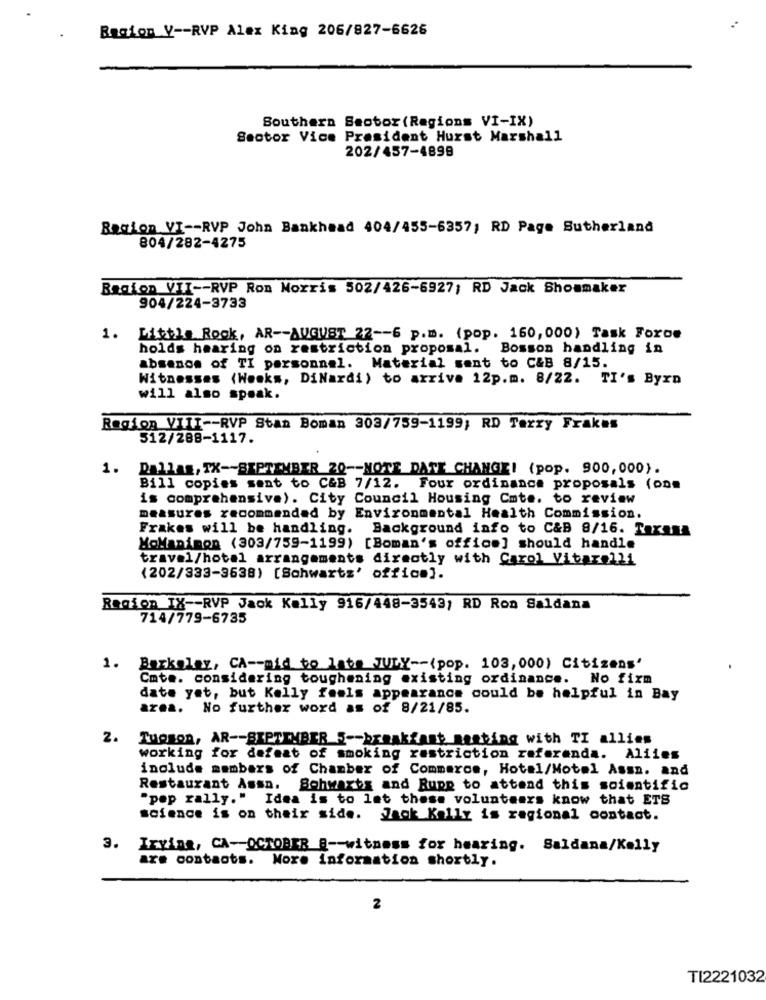
Region V -- RVP Alex King 206/827-6626
Southern Seotor (Regions VI-IX)
Sector Vice President Hurst Marshall
202/457-4899
Racion VI -- RVP John Bankhead 404/455-6357; RD Page Sutherland
804/282-4275
Ragion VII -- RVP Ron Morris 502/426-6927; RD Jack Showmaker
904/224-3733
1.
Little Rock, AR -- AUGUST 22 -- 6 p.m. (pop. 160, 000) Task Force
holds hearing on restriction proposal. Bosson handling in
absence of TI personnel. Material sent to C&B 8/15.
Witnesses (Weeks, DiNardi) to arrive 12p.m. 8/22. TI's Byro
will also speak.
Region VIII -- RVP Stan Boman 303/759-1199; RD Terry Frakes
512/288-1117.
1.
Dallas, TX -- SEPTEMBER 20 -- NOTE DATE CHANGE! (pop. 900,000).
Bill copies sent to C&B 7/12. Four ordinance proposals (one
is comprehensive). City Council Housing Cmte. to review
measures recommended by Environmental Health Commission.
Frakes will be handling. Background info to C&B 8/16. Taxana
MoMaDimOD (303/759-1199) [Boman's office] should handle
travel/hotel arrangements directly with Carol Vitarolli
(202/333-3638) [Schwartz' office].
Region IX -- RVP Jaok Kelly 916/448-3543; RD Ron Saldana
714/779-6735
1. Baxkolay, CA -- mid to late JULY -- (pop. 103,000) Citizens'
Cmte. considering toughening existing ordinance. No firm
date yet, but Kelly feels appearance could be helpful in Bay
area. No further word as of 8/21/85.
2.
Tucson, AR -- SEPTEMBER S-breakfast meeting with TI allies
working for defeat of smoking restriction referenda. Aliies
include members of Chamber of Commerce, Hotel/Motel Assa. and
Restaurant Assa. Bohwarts and Rupp to attend this soientific
"pep rally." Idea is to let these volunteers know that ETS
science is on their side. Jack Kally is regional contact.
3. Irving, CA-OCTOBER E -- witness for hearing. Saldana/Kelly
re contacts. More information shortly.
2
TI2221032